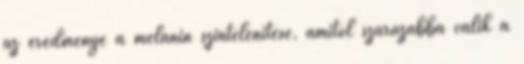
az eredménye a melanin színtelenítése, amitől szárazabbá válik a